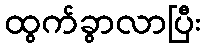
ထွက်ခွာလာပြီး